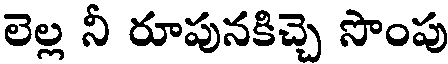
లెల్ల నీ రూపునకిచ్చె సొంపు